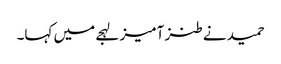
حمید نے طنز آمیز لہجے میں کہا۔